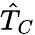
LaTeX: \hat{T}_{C}